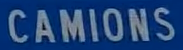
CAMIONS